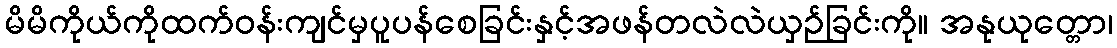
မိမိကိုယ်ကိုထက်ဝန်းကျင်မှပူပန်စေခြင်းနှင့်အဖန်တလဲလဲယှဉ်ခြင်းကို။ အနုယုတ္တော၊